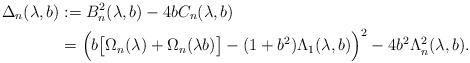
LaTeX: \begin{align*}\Delta_{n}(\lambda,b) & := B_{n}^{2}(\lambda,b)-4bC_{n}(\lambda,b)\\& = \Big(b\big[\Omega_{n}(\lambda)+\Omega_{n}(\lambda b)\big]-(1+b^{2})\Lambda_{1}(\lambda,b)\Big)^{2}-4b^{2}\Lambda_{n}^{2}(\lambda,b).\end{align*}